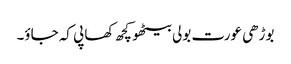
بوڑھی عورت بولی بیٹھو کچھ کھا پی کہ جاؤ۔